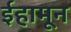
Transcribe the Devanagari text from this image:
ईहामून